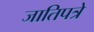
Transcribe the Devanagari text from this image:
जातिपत्रे